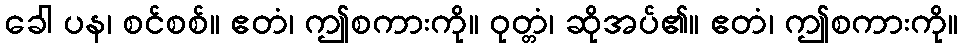
ခေါ ပန၊ စင်စစ်။ ဧတံ၊ ဤစကားကို။ ဝုတ္တံ၊ ဆိုအပ်၏။ ဧတံ၊ ဤစကားကို။